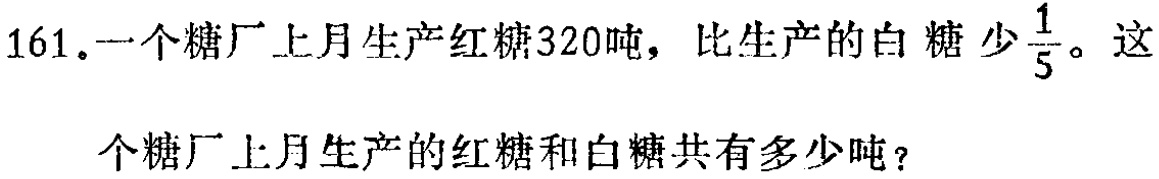
161.一个糖厂上月生产红糖320吨，比生产的白糖少$\frac{1}{5}$。这个糖厂上月生产的红糖和白糖共有多少吨？